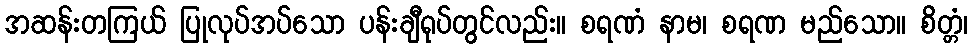
အဆန်းတကြယ် ပြုလုပ်အပ်သော ပန်းချီရုပ်တွင်လည်း။ စရဏံ နာမ၊ စရဏ မည်သော။ စိတ္တံ၊